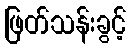
ဖြတ်သန်းခွင့်